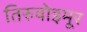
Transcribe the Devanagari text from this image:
तिरुवोइमूर